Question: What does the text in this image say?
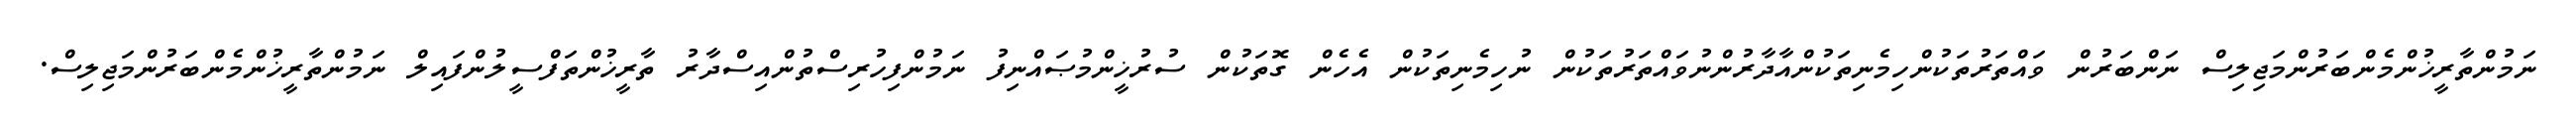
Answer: ނަމުންތާރީޚުންމެންބަރުންމަޖިލިސް ނަންބަރުން ވައްތަރުތަކުންހިމެނިތަކުންއާދާރުންނުވައްތަރުތަކުން ނުހިމެނިތަކުން އެހެން ގޮތަކުން ސުރުޚީންމުޞައްނިފު ނަމުންފިހުރިސްތުންއިސްދާރު ތާރީޚުންތަފްސީލުންފައިލް ނަމުންތާރީޚުންމެންބަރުންމަޖިލިސް.